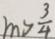
m > \frac { 3 } { 4 }